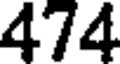
474